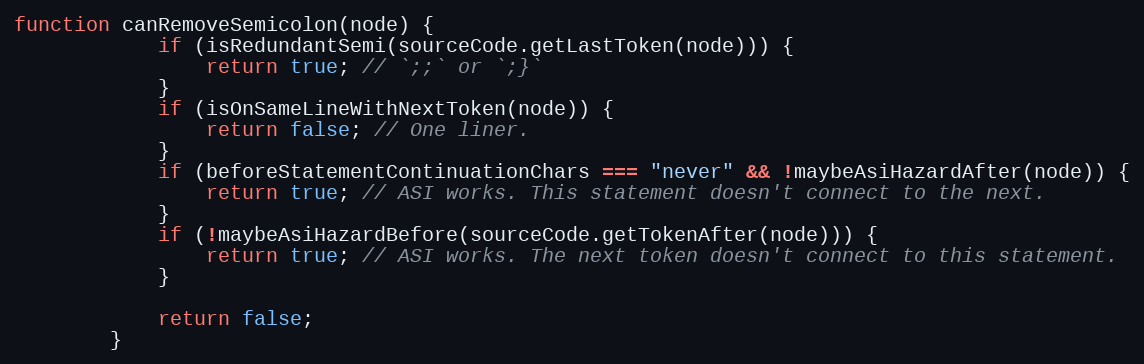
Language: JavaScript
function canRemoveSemicolon(node) {
            if (isRedundantSemi(sourceCode.getLastToken(node))) {
                return true; // `;;` or `;}`
            }
            if (isOnSameLineWithNextToken(node)) {
                return false; // One liner.
            }
            if (beforeStatementContinuationChars === "never" && !maybeAsiHazardAfter(node)) {
                return true; // ASI works. This statement doesn't connect to the next.
            }
            if (!maybeAsiHazardBefore(sourceCode.getTokenAfter(node))) {
                return true; // ASI works. The next token doesn't connect to this statement.
            }

            return false;
        }